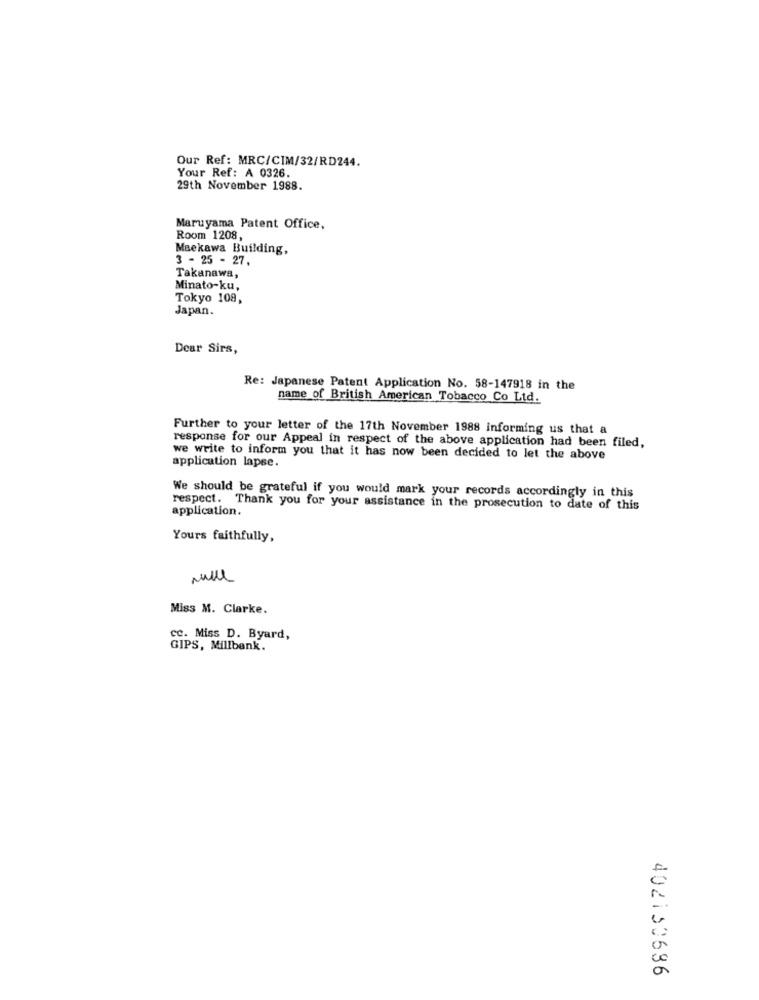
Our Ref: MRC/CIM/32/RD244.
Your Ref: A 0326.
29th November 1988.
Maruyama Patent Office,
Room 1208,
MBekawa Building,
3 - 25 - 27.
Takanawa,
Minato-ku,
Tokyo 108,
Japan.
Dear Sirs,
Re: Japanese Patent Application No. 58-147918 in the
name of British American Tobacco Co Ltd.
Further to your letter of the 17th November 1988 informing us that a
response for our Appeal in respect of the above application had been filed,
we write to inform you that it has now been decided to let the above
application lapse.
We should be grateful if you would mark your records accordingly in this
respect. Thank you for your assistance in the prosecution to date of this
application.
Yours faithfully,
Miss M. Clarke.
cc. Miss D. Byard,
GIPS, Millbank.
402150686